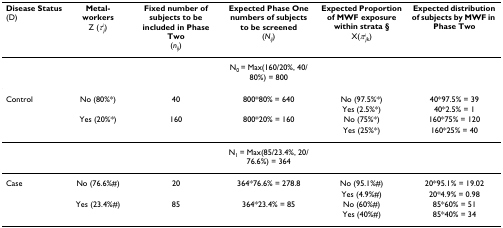
<table><thead><tr><td><b>Disease Status(D)</b></td><td><b>Metal-workersZ (<i>τ</i><sup><i>i</i></sup><sub><i>j</i></sub>)</b></td><td><b>Fixed number of subjects to be included in Phase Two(<i>n</i><sub><i>ij</i></sub>)</b></td><td><b>Expected Phase One numbers of subjects to be screened(<i>N</i><sub><i>ij</i></sub>)</b></td><td><b>Expected Proportion of MWF exposure within strata §X(<i>π</i><sup><i>i</i></sup><sub><i>jk</i></sub>)</b></td><td><b>Expected distribution of subjects by MWF in Phase Two</b></td></tr></thead><tbody><tr><td></td><td></td><td></td><td>N<sub>0 </sub>= Max(160/20%, 40/80%) = 800</td><td></td><td></td></tr><tr><td>Control</td><td>No (80%*)</td><td>40</td><td>800*80% = 640</td><td>No (97.5%*)</td><td>40*97.5% = 39</td></tr><tr><td></td><td></td><td></td><td></td><td>Yes (2.5%*)</td><td>40*2.5% = 1</td></tr><tr><td></td><td>Yes (20%*)</td><td>160</td><td>800*20% = 160</td><td>No (75%*)</td><td>160*75% = 120</td></tr><tr><td></td><td></td><td></td><td></td><td>Yes (25%*)</td><td>160*25% = 40</td></tr><tr><td></td><td></td><td></td><td>N<sub>1 </sub>= Max(85/23.4%, 20/76.6%) = 364</td><td></td><td></td></tr><tr><td>Case</td><td>No (76.6%#)</td><td>20</td><td>364*76.6% = 278.8</td><td>No (95.1%#)</td><td>20*95.1% = 19.02</td></tr><tr><td></td><td></td><td></td><td></td><td>Yes (4.9%#)</td><td>20*4.9% = 0.98</td></tr><tr><td></td><td>Yes (23.4%#)</td><td>85</td><td>364*23.4% = 85</td><td>No (60%#)</td><td>85*60% = 51</td></tr><tr><td></td><td></td><td></td><td></td><td>Yes (40%#)</td><td>85*40% = 34</td></tr></tbody></table>